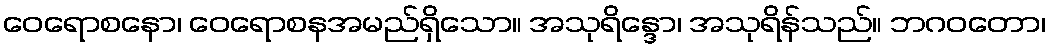
ဝေရောစနော၊ ဝေရောစနအမည်ရှိသော။ အသုရိန္ဒော၊ အသုရိန်သည်။ ဘဂဝတော၊